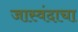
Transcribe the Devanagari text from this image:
जास्वंदाचा